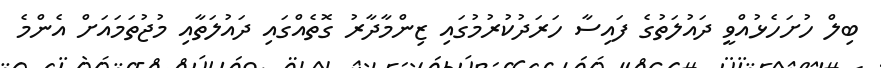
ބިލް ހުށަހެޅުއްވީ ދައުލަތުގެ ފައިސާ ހަރަދުކުރުމުގައި ޒިންމާދާރު ގޮތެއްގައި ދައުލަތާއި މުޖުތަަމައަށް އެންމެ